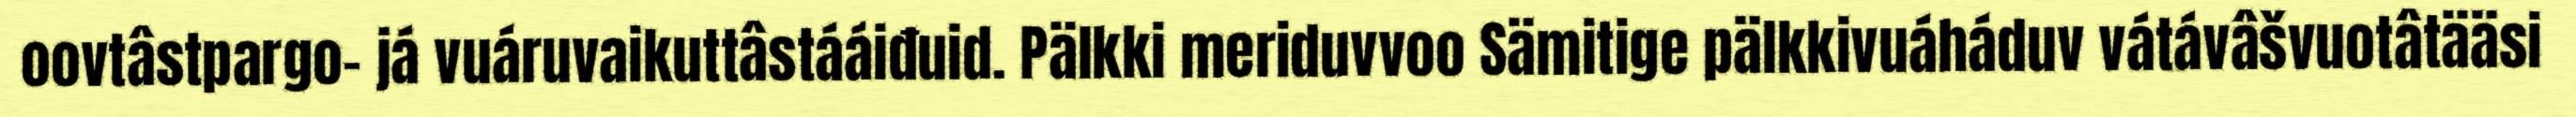
oovtâstpargo- já vuáruvaikuttâstááiđuid. Pälkki meriduvvoo Sämitige pälkkivuáháduv vátávâšvuotâtääsi